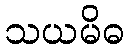
သယမိဓ